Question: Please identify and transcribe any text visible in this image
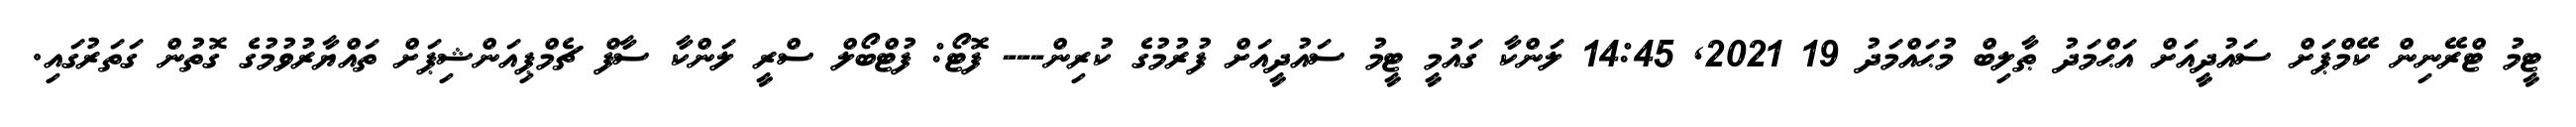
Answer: ޓީމު ޓްރޭނިން ކޭމްޕަށް ސައުދީއަށް އަޙްމަދު ޠާލިބް މުޙައްމަދު 19 2021, 14:45 ލަންކާ ގައުމީ ޓީމު ސައުދީއަށް ފުރުމުގެ ކުރިން--- ފޮޓޯ: ފުޓްބޯލް ސްރީ ލަންކާ ސާފް ޗެމްޕިއަންޝިޕަށް ތައްޔާރުވުމުގެ ގޮތުން ގަތަރުގައި.